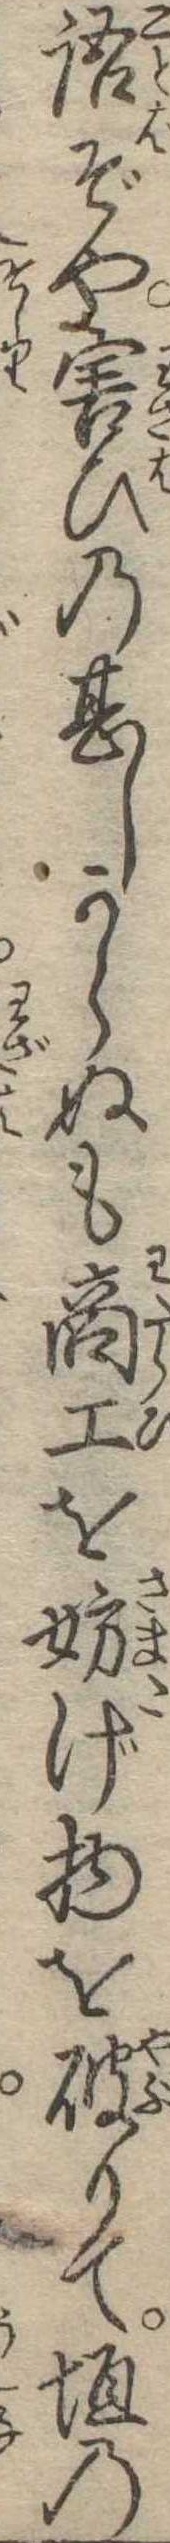
語ぞや害ひの甚しからぬも商工を妨げ物を破りて垣の